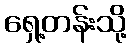
ရှေ့တန်းသို့